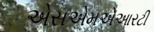
એસએમએઆરટી